Civil Veterinary Department Bengal reports 1933-51 - 1933-1951
Year: 1933
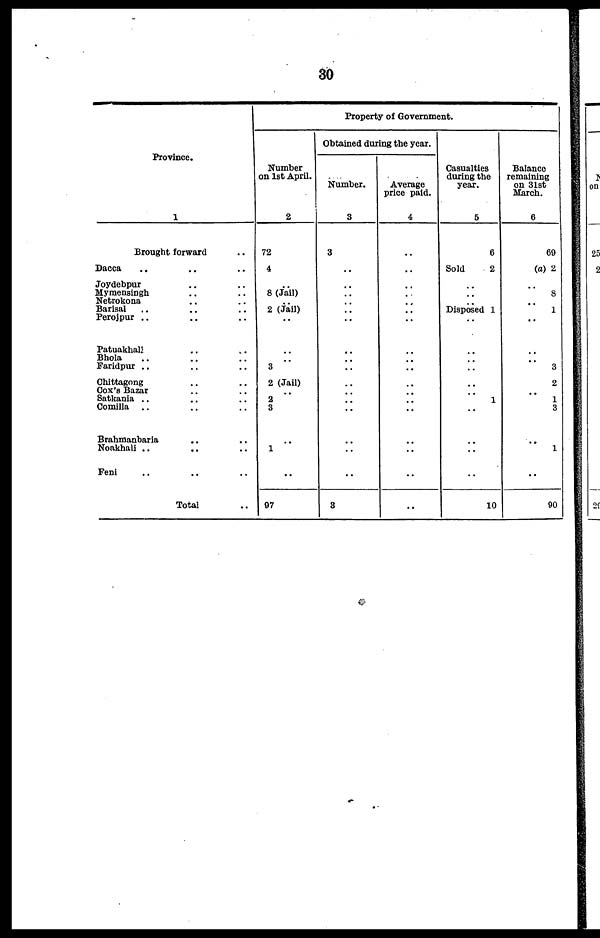
30
Province.
1
Brought forward ..
Dacca .. .. ..
Joydebpur .. ..
Mymensingh .. ..
Netrokona .. ..
Barisal .. .. ..
Perojpur .. .. ..
Patuakhall .. ..
Bhola .. .. ..
Faridpur .. .. ..
Chittagong .. ..
Cox's Bazar
Satkania .. .. ..
Comilla .. .. ..
Brahmanbaria .. ..
Noakhali .. .. ..
Feni .. .. ..
Total ..
Property of Government.
Number
on 1st April.
2
72
4
8 (Jail)
2 (Jail)
..
..
3
2 (Jail)
2
3
..
1
..
97
Obtained dur
ing the year.
Number.
3
3
..
..
.. ..
..
..
..
..
..
..
..
..
..
..
..
..
8
Average
price paid.
4
..
..
..
.. ..
..
..
..
..
..
..
..
..
...
..
..
..
..
Casualties
during the
year.
5
6
Sold
2
..
..
.. Disposed 1
..
..
..
..
1
..
..
..
..
10
Balance
remaining
on 31st
March.
6
69
(a) 2
..
8
..
1
..
..
..
3
2
1
3
..
1
..
90